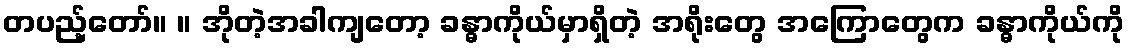
တပည့်တော်။ ။ အိုတဲ့အခါကျတော့ ခန္ဓာကိုယ်မှာရှိတဲ့ အရိုးတွေ အကြောတွေက ခန္ဓာကိုယ်ကို